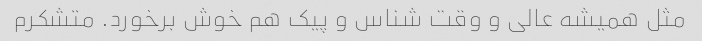
مثل همیشه عالی و وقت شناس و پیک هم خوش برخورد. متشکرم